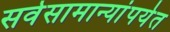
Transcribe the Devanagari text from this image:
सर्वसामान्यांपर्यत